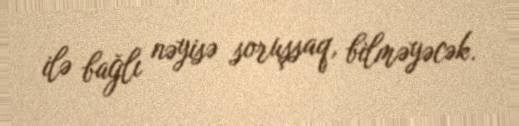
ilə bağlı nəyisə soruşsaq, bilməyəcək.